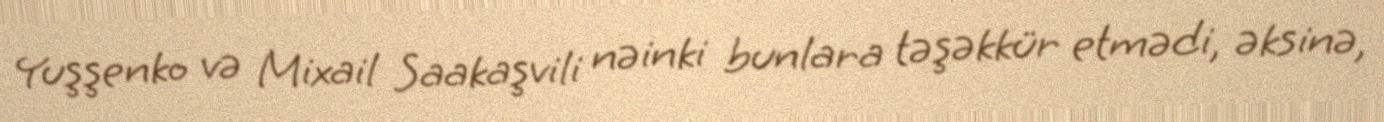
Yuşşenko və Mixail Saakaşvili nəinki bunlara təşəkkür etmədi, əksinə,